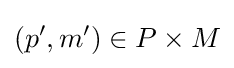
(p',m')\in P\times M